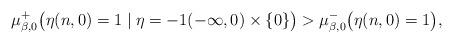
LaTeX: \begin{align*}&\mu_{\beta,0}^{+}\big( \eta(n,0)=1 \mid \eta = -1 (-\infty,0) \times \{0\} \big) > \mu_{\beta,0}^{-}\big(\eta(n,0)=1\big),\end{align*}